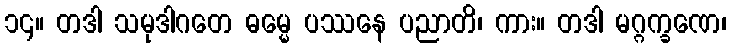
၁၄။ တဒါ သမုဒါဂတေ ဓမ္မေ ပဿနေ ပညာတိ၊ ကား။ တဒါ မဂ္ဂက္ခဏေ၊